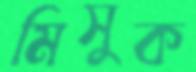
মিসুক